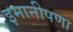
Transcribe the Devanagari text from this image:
इमानीपणा